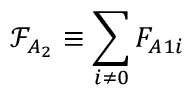
\mathcal { F } _ { A _ { 2 } } \equiv \sum _ { i \neq 0 } F _ { A 1 i }